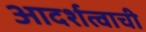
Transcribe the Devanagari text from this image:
आदर्शत्वाची